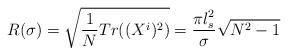
LaTeX: \begin{align*}R(\sigma) = \sqrt{\frac{1}{N} Tr((X^i)^2)} = \frac{\pi l_s^2}{\sigma} \sqrt{N^2 - 1}\end{align*}